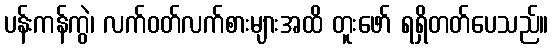
ပန်းကန်ကွဲ၊ လက်ဝတ်လက်စားများအထိ တူးဖော် ရရှိတတ်ပေသည်။